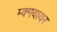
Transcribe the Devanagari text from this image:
म्क्गवायर